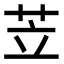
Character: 苙